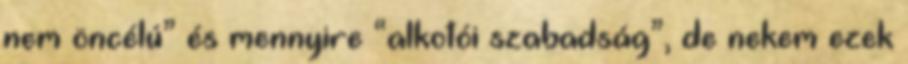
nem öncélú” és mennyire “alkotói szabadság”, de nekem ezek